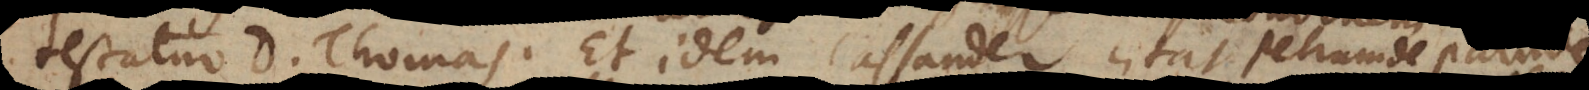
testatur D. Thomas. Et idem Cassander citat Petrum de Palude